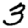
Digit: 3